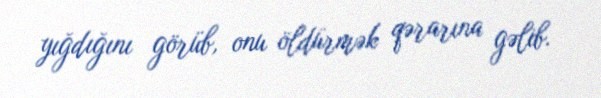
yığdığını görüb, onu öldürmək qərarına gəlib.